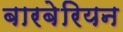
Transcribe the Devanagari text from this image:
बारबेरियन